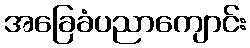
အခြေခံပညာကျောင်း